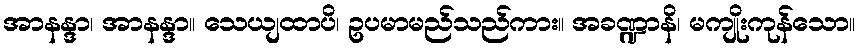
အာနန္ဒာ၊ အာနန္ဒာ။ သေယျထာပိ၊ ဥပမာမည်သည်ကား။ အခဏ္ဍာနိ၊ မကျိုးကုန်သော။